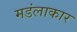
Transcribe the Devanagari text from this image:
मडंलाकार